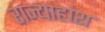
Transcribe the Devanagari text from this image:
राज्याहांश